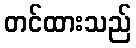
တင်ထားသည်